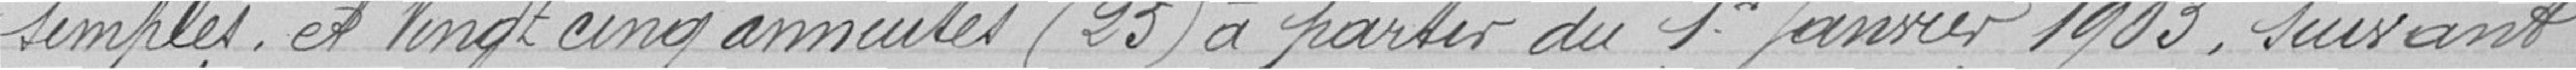
simples et vingt cinq annuités (25) à partir du 1er janvier 1903, suivant